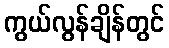
ကွယ်လွန်ချိန်တွင်